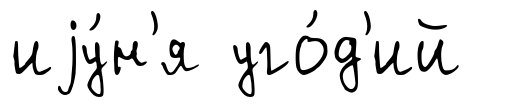
иjу́н'я уго́д'ий